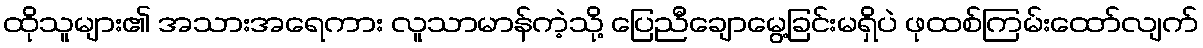
ထိုသူများ၏ အသားအရေကား လူသာမာန်ကဲ့သို့ ပြေညီချောမွေ့ခြင်းမရှိပဲ ဖုထစ်ကြမ်းထော်လျက်